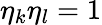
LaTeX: \eta_{k}\eta_{l}=1